Vaccination in Burma 1920-1933 - 1920-1933
Year: 1920
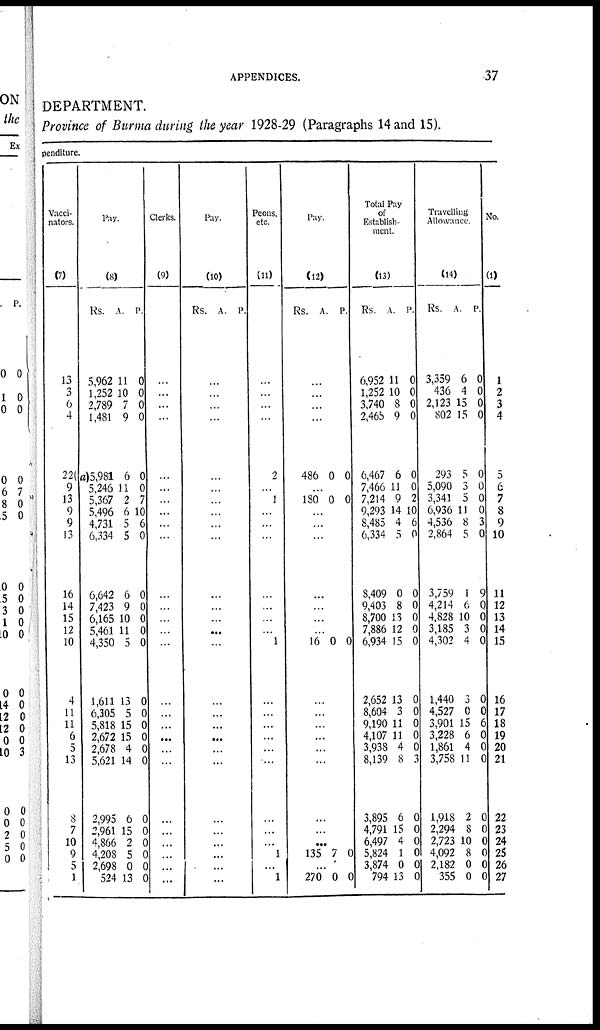
APPENDICES.
37
DEPARTMENT.
Province of Burma during the year 1928-29 (Paragraphs 14 and 15).
penditure.
Vacci-
nators.
(7)
13
3
6
4
22(
9
13
9
9
13
16
14
15
12
10
4
11
11
6
5
13
8
7
10
9
5
1
Pay.
(8)
Rs.
5,962
1,252
2,789
1,481
a)5,981
5,246
5,367
5,496
4,731
6,334
6,642
7,423
6,165
5,461
4,350
1,611
6,305
5,818
2,672
2,678
5,621
2,995
2,961
4,866
4,208
2,698
524
A.
11
10
7
9
6
11
2
6
5
5
6
9
10
11
5
13
5
15
15
4
14
6
15
2
5
0
13
P.
0
0
0
0
0
0
7
10
6
0
0
0
0
0
0
0
0
0
0
0
0
0
0
0
0
0
0
Clerks.
(9)
...
...
...
...
...
...
...
...
...
...
...
...
...
...
...
...
...
...
...
...
...
...
...
...
...
...
...
Pay.
(10)
Rs. A. P.
...
...
...
...
...
...
...
...
...
...
...
...
...
...
...
...
...
...
...
...
...
...
...
...
...
...
...
Peons,
etc.
(11)
...
...
...
...
2
...
1
...
...
...
...
...
...
...
1
...
...
...
...
...
...
...
...
...
1
...
1
Pay.
(12)
Rs. A. P.
...
...
...
...
486 0 0
...
180 0 0
...
...
...
...
...
...
...
16 0 0
...
...
...
...
...
...
...
...
...
135 7 0
...
270 0 0
Total Pay
of
Establish-
ment.
(13)
Rs.
6,952
1,252
3,740
2,465
6,467
7,466
7,214
9,293
8,485
6,334
8,409
9,403
8,700
7,886
6,934
2,652
8,604
9,190
4,107
3,938
8,139
3,895
4,791
6,497
5,824
3,874
794
A.
11
10
8
9
6
11
9
14
4
5
0
8
13
12
15
13
3
11
11
4
8
6
15
4
1
0
13
P.
0
0
0
0
0
0
2
10
6
0
0
0
0
0
0
0
0
0
0
0
3
0
0
0
0
0
0
Travelling
Allowance.
(14)
Rs.
3,359
436
2,123
802
293
5,090
3,341
6,936
4,536
2,864
3,759
4,214
4,828
3,185
4,302
1,440
4,527
3,901
3,228
1,861
3,758
1,918
2,294
2,723
4,092
2,182
355
A.
6
4
15
15
5
3
5
11
8
5
1
6
10
3
4
3
0
15
6
4
11
2
8
10
8
0
0
P.
0
0
0
0
0
0
0
0
3
0
9
0
0
0
0
0
0
6
0
0
0
0
0
0
0
0
0
No.
(1)
1
2
3
4
5
6
7
8
9
10
11
12
13
14
15
16
17
18
19
20
21
22
23
24
25
26
27